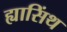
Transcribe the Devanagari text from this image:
ह्यासिंथ